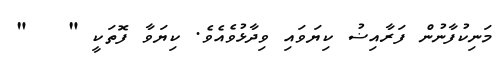
މަނިކުފާނުން ފަރާއިޟު ކިޔަވައި ވިދާޅުވެއެވެ. ކިޔަވާ ފޮތަކީ "   "